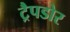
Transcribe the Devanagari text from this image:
ट्रैपडोर